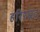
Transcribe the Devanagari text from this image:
हरिश्चंद्र